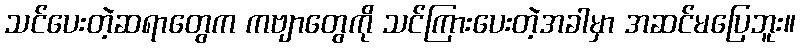
သင်ပေးတဲ့ဆရာတွေက ကဗျာတွေကို သင်ကြားပေးတဲ့အခါမှာ အဆင်မပြေဘူး။